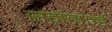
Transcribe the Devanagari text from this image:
सममर्ज्ड